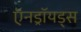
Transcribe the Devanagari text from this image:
ऍनड्रॉयड्स